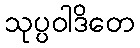
သုပ္ပဝါဒိတေ